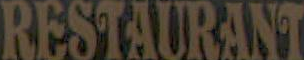
RESTAURANT